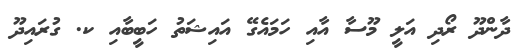
ދާންދޫ ރޯދި އަލީ މޫސާ އާއި ހަމައެގޭ އައިޝަތު ހަބީބާއި ކ. ގުރައިދޫ